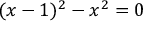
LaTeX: ( x - 1 ) ^ { 2 } - x ^ { 2 } = 0